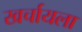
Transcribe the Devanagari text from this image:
खर्चायला